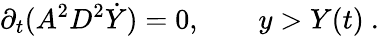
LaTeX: \partial_{t}(A^{2}D^{2}\dot{Y})=0,\qquad y>Y(t)\ .